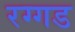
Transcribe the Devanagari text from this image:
रग्गड